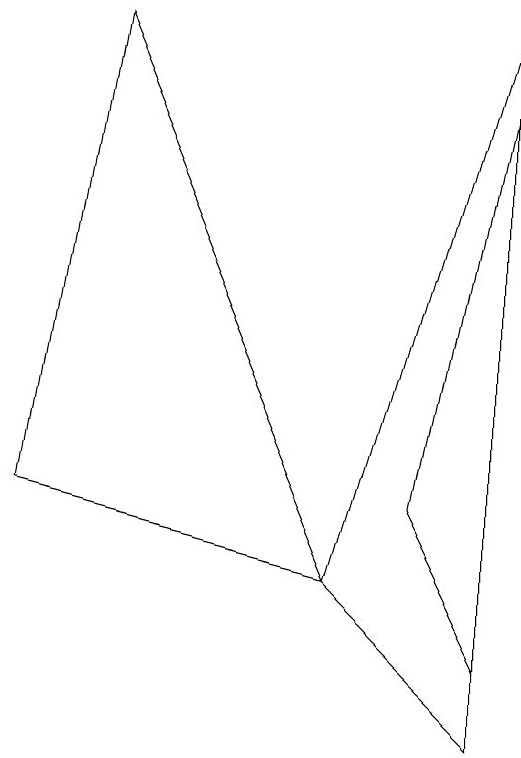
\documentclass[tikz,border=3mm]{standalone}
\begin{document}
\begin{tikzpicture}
\draw (5,2) -- (7,9) -- (7,0) -- cycle;
\draw (5,2) -- (2,9) -- (1,3) -- cycle;
\draw (7,1) -- (7,8) -- (6,3) -- cycle;
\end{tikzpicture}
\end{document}